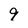
Character: 9